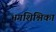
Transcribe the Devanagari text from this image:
भगशिश्निका